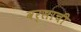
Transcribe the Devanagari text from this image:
वर्साची